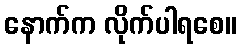
နောက်က လိုက်ပါရစေ။